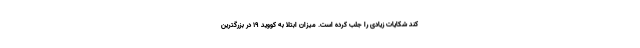
کند شکایات زیادی را جلب کرده است. میزان ابتلا به کووید ۱۹ در بزرگترین